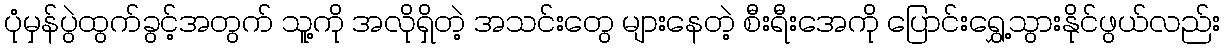
ပုံမှန်ပွဲထွက်ခွင့်အတွက် သူ့ကို အလိုရှိတဲ့ အသင်းတွေ များနေတဲ့ စီးရီးအေကို ပြောင်းရွှေ့သွားနိုင်ဖွယ်လည်း